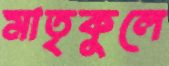
মাতৃকুলে